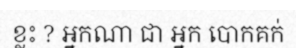
ខ្លះ ? អ្នកណា ជា អ្នក បោកគក់